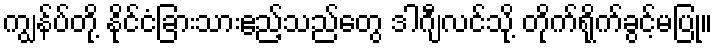
ကျွန်ပ်တို့ နိုင်ငံခြားသားဧည့်သည်တွေ ဒါဂျီလင်သို့ တိုက်ရိုက်ခွင့်မပြု။